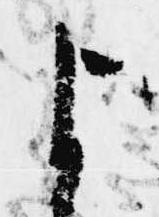
よ